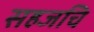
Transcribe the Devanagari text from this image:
सहजचि